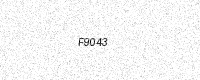
Text: F9043